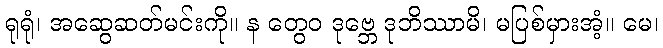
ရုရုံ၊ အဆွေဆတ်မင်းကို။ န တွေဝ ဒုဗ္ဘေ ဒုဘိဿာမိ၊ မပြစ်မှားအံ့။ မေ၊